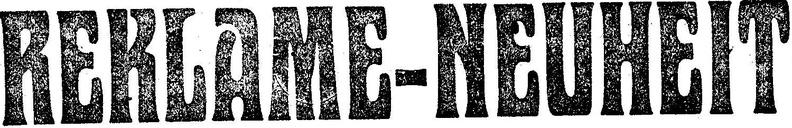
REKLAME-NEUHEIT